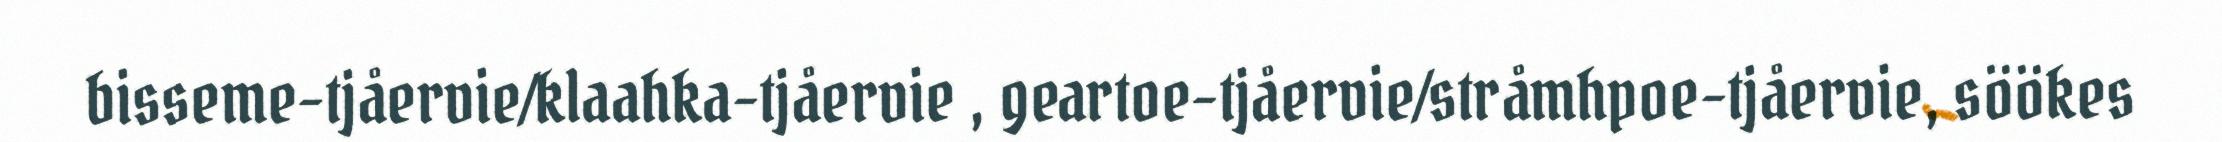
bisseme-tjåervie/klaahka-tjåervie , geartoe-tjåervie/stråmhpoe-tjåervie, söökes